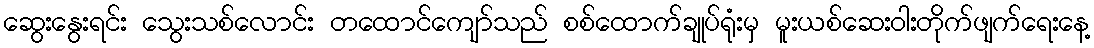
ဆွေးနွေးရင်း သွေးသစ်လောင်း တထောင်ကျော်သည် စစ်ထောက်ချုပ်ရုံးမှ မူးယစ်ဆေးဝါးတိုက်ဖျက်ရေးနေ့